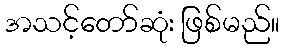
အသင့်တော်ဆုံး ဖြစ်မည်။